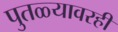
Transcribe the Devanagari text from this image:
पुतळ्यावरही